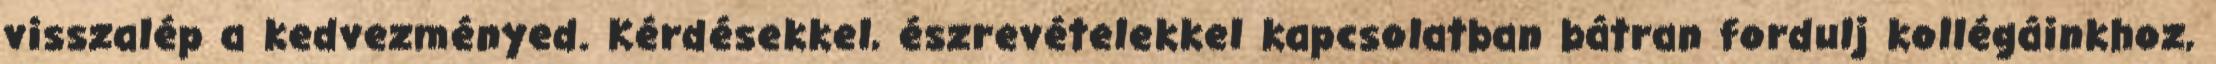
visszalép a kedvezményed. Kérdésekkel, észrevételekkel kapcsolatban bátran fordulj kollégáinkhoz,